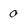
Character: 0